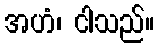
အဟံ၊ ငါသည်။